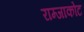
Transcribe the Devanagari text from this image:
राम्जाकोट